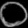
Digit: ၀